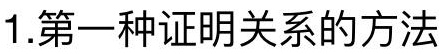
1.第一种证明关系的方法